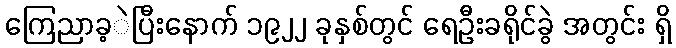
ကြေညာခ့ဲပြီးနောက် ၁၉၂၂ ခုနှစ်တွင် ရေဦးခရိုင်ခွဲ အတွင်း ရှိ